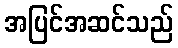
အပြင်အဆင်သည်